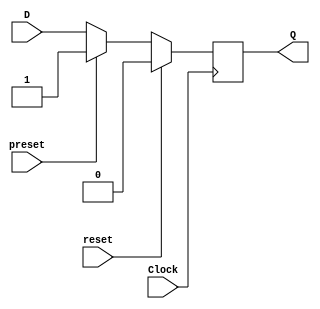
module FlipFlopD(
    input preset,
    input reset,
    input D,
    input Clock,
    output reg Q
);

    always @(posedge Clock) begin
        if (reset) begin
            Q <= 0;
        end
        else if (preset) begin
            Q <= 1;
        end
        else begin
            Q <= D;
        end
    end

endmodule